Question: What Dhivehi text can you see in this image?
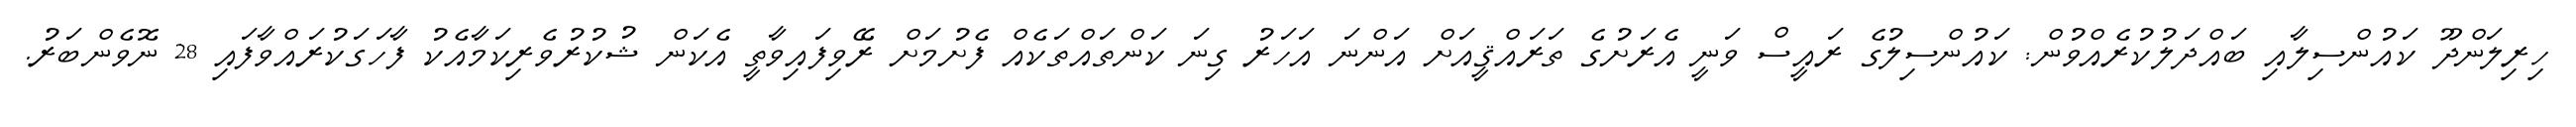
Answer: ހިރިލަންދޫ ކައުންސިލާއި ބައްދަލުކުރެއްވުން: ކައުންސިލުގެ ރައީސް ވަނީ އެރަށުގެ ތަރައްޤީއަށް އަންނަ އަހަރު ގިނަ ކަންތައްތަކެއް ފެށުމަށް ރޭވިފައިވާތީ އެކަން ޝުކުރުވެރިކަމާއެކު ފާހަގަކުރައްވާފައި 28 ނޮވެންބަރު.